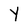
Character: Y